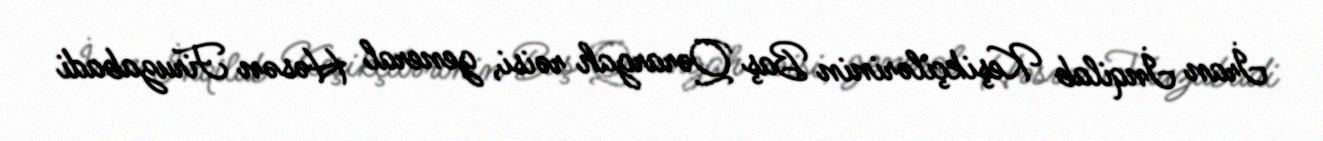
İran İnqilab Keşikçilərinin Baş Qərargah rəisi, general Həsən Firuzabadi